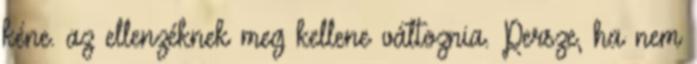
kéne. az ellenzéknek meg kellene változnia. Persze, ha nem